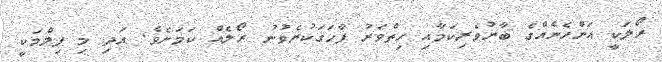
ރޯލަކީ އަންހެނެއްގެ ބާރުވެރިކަމާއި ހިތްވަރު ފާހަގަކުރެވުނު ރޯލެއް ކަމަށެވެ. އަދި މި ފިލްމަކީ